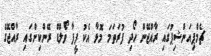
ޗެމްޕިއަންޝިޕުގައި ރާއްޖޭން ހޯދި ފުރަތަމަ މޮޅާ އެކު ފީފާ ވޯލްޑް ރޭންކިންގައި ރާއްޖޭގެ